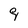
Character: q